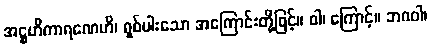
အဋ္ဌဟိကာရဏေဟိ၊ ရှစ်ပါးသော အကြောင်းတို့ဖြင့်။ ဝါ၊ ကြောင့်။ ဘဂဝါ၊